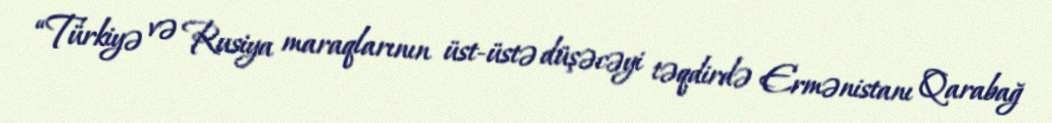
“Türkiyə və Rusiya maraqlarının üst-üstə düşəcəyi təqdirdə Ermənistanı Qarabağ